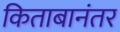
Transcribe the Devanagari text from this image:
किताबानंतर